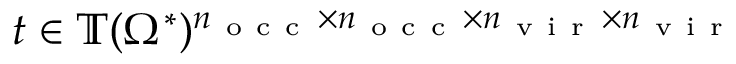
t \in \mathbb { T } ( \Omega ^ { * } ) ^ { n _ { \mathrm { ~ o ~ c ~ c ~ } } \times n _ { \mathrm { ~ o ~ c ~ c ~ } } \times n _ { \mathrm { ~ v ~ i ~ r ~ } } \times n _ { \mathrm { ~ v ~ i ~ r ~ } } }